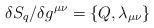
LaTeX: \begin{align*}\delta S_q / \delta g^{\mu\nu} = \{Q, \lambda_{\mu\nu}\}\end{align*}